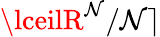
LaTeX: \lceilR^{\mathcal{N}}/\mathcal{N}\rceil